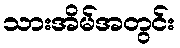
သားအိမ်အတွင်း